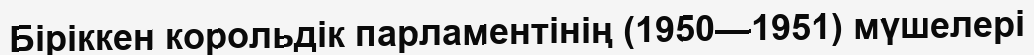
Біріккен корольдік парламентінің (1950—1951) мүшелері